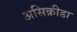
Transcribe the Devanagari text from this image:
असिक्रीडा